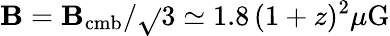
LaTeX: \mathbf{B}=\mathbf{B}_{\mathrm{{cmb}}}/\sqrt{}{{3}}\simeq1.8\, (1+z)^{2}\mu\mathrm{{G}}